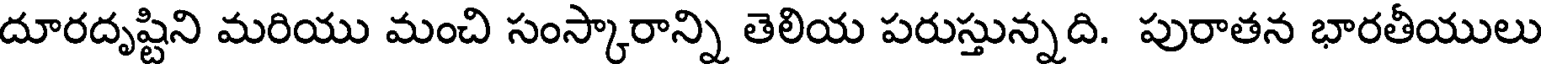
దూరదృష్టిని మరియు మంచి సంస్కారాన్ని తెలియ పరుస్తున్నది. పురాతన భారతీయులు